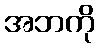
အဘကို